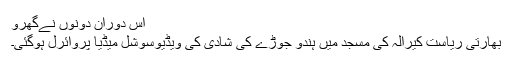
اس دوران دونوں نےگھرو
بھارتی ریاست کیرالہ کی مسجد میں ہندو جوڑے کی شادی کی ویڈیوسوشل میڈیا پروائرل ہوگئی۔